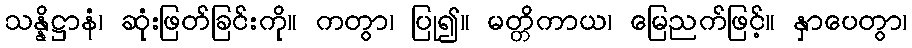
သန္နိဋ္ဌာနံ၊ ဆုံးဖြတ်ခြင်းကို။ ကတွာ၊ ပြု၍။ မတ္တိကာယ၊ မြေညက်ဖြင့်။ နှာပေတွာ၊